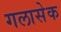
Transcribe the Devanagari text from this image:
गलासेक